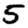
Digit: 5